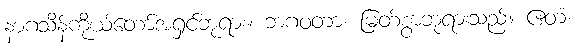
နာဂသိန်ကိုယ်တော်အရှင်ဘုရား။ ဘဂဝတာ၊ မြတ်စွာဘုရားသည်။ ဧတံ၊